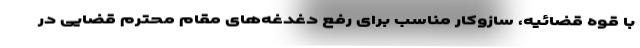
با قوه قضائیه، سازوکار مناسب برای رفع دغدغه‌های مقام محترم قضایی در